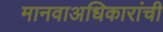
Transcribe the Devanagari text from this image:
मानवाअधिकारांची